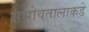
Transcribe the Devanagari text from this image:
सभोवतालाकडे